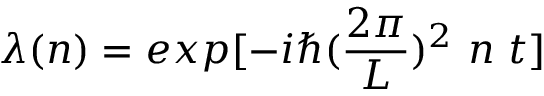
\lambda ( n ) = e x p [ - i \hbar ( { \frac { 2 \pi } { L } } ) ^ { 2 } ~ n ~ t ]